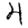
Digit: 4